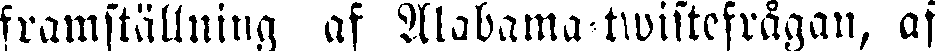
framställning af Alabama-twistefrågan, af